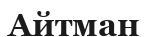
Айтман